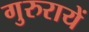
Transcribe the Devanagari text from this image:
गुरुरायें